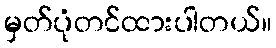
မှတ်ပုံတင်ထားပါတယ်။